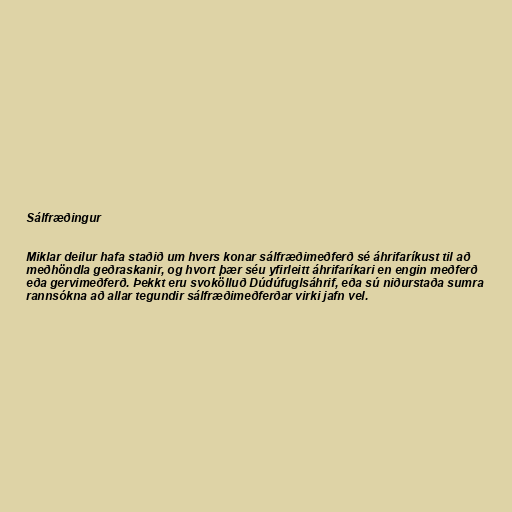
Sálfræðingur

Miklar deilur hafa staðið um hvers konar sálfræðimeðferð sé áhrifaríkust til að
meðhöndla geðraskanir, og hvort þær séu yfirleitt áhrifaríkari en engin meðferð
eða gervimeðferð. Þekkt eru svokölluð Dúdúfuglsáhrif, eða sú niðurstaða sumra
rannsókna að allar tegundir sálfræðimeðferðar virki jafn vel.